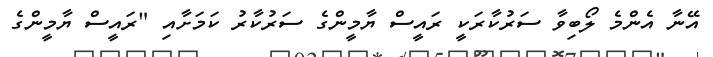
އޭނާ އެންމެ ލޯބިވާ ސަރުކާރަކީ ރައީސް ޔާމީންގެ ސަރުކާރު ކަމަށާއި "ރައީސް ޔާމީންގެ